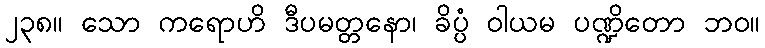
၂၃၈။ သော ကရောဟိ ဒီပမတ္တနော၊ ခိပ္ပံ ဝါယမ ပဏ္ဍိတော ဘဝ။